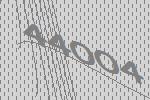
44004